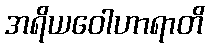
အရိယဝေါဟာရာတိ